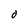
Character: O